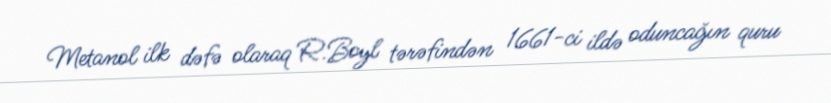
Metanol ilk dəfə olaraq R.Boyl tərəfindən 1661-ci ildə oduncağın quru